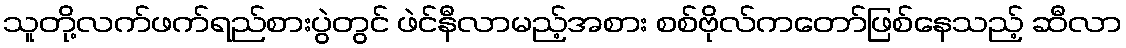
သူတို့လက်ဖက်ရည်စားပွဲတွင် ဖဲင်နီလာမည့်အစား စစ်ဗိုလ်ကတော်ဖြစ်နေသည့် ဆီလာ